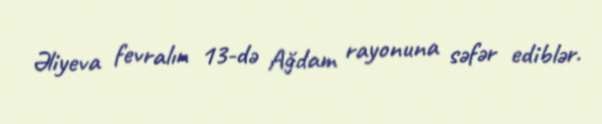
Əliyeva fevralın 13-də Ağdam rayonuna səfər ediblər.